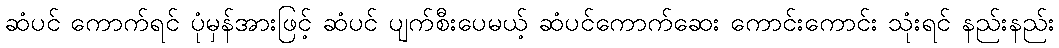
ဆံပင် ကောက်ရင် ပုံမှန်အားဖြင့် ဆံပင် ပျက်စီးပေမယ့် ဆံပင်ကောက်ဆေး ကောင်းကောင်း သုံးရင် နည်းနည်း